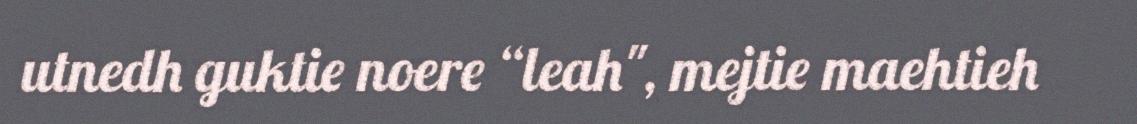
utnedh guktie noere “leah", mejtie maehtieh